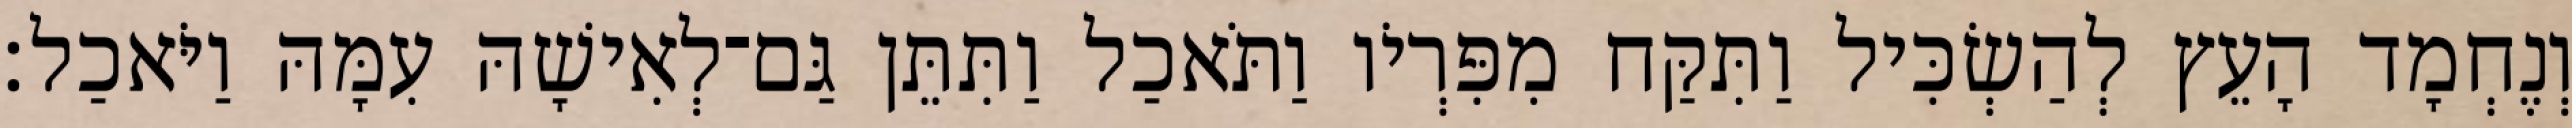
וְנֶחְמָד הָעֵץ לְהַשְׂכִּיל וַתִּקַּח מִפִּרְיֹו וַתֹּאכַל וַתִּתֵּן גַּם־לְאִישָׁהּ עִמָּהּ וַיֹּאכַל׃